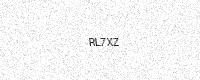
Text: RL7XZ